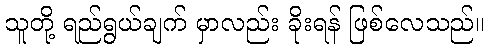
သူတို့ ရည်ရွယ်ချက် မှာလည်း ခိုးရန် ဖြစ်လေသည်။